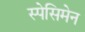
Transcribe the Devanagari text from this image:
स्पेसिमेन